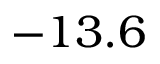
- 1 3 . 6